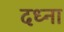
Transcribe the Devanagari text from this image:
दध्ना